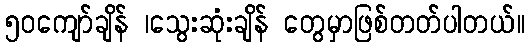
၅၀ကျော်ချိန် ၊သွေးဆုံးချိန် တွေမှာဖြစ်တတ်ပါတယ်။